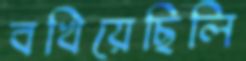
বখিয়েছিলি